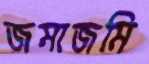
জমাজমি